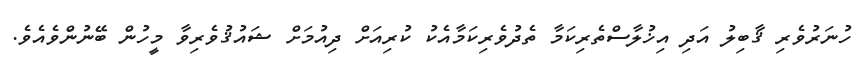
ހުނަރުވެރި ޤާބިލު އަދި އިޚުލާސްތެރިކަމާ ތެދުވެރިކަމާއެކު ކުރިއަށް ދިއުމަށް ޝައުޤުވެރިވާ މީހުން ބޭނުންވެއެވެ.